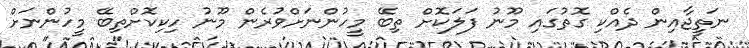
ނަތީޖާއިން ދެއްކި ގޮތުގައި މޫނު ފަލަކޮށް ތިބޭ މީހުންނަށްވުރެން މޫނު ހިކިކޮށްތިބޭ މީހުންނަށް